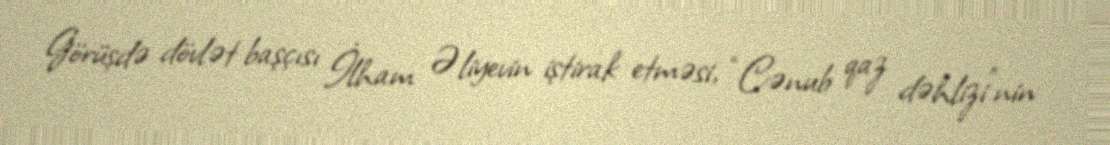
Görüşdə dövlət başçısı İlham Əliyevin iştirak etməsi, “Cənub qaz dəhlizi”nin